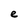
Character: e